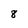
Character: 8